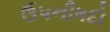
ઉપનીષદો